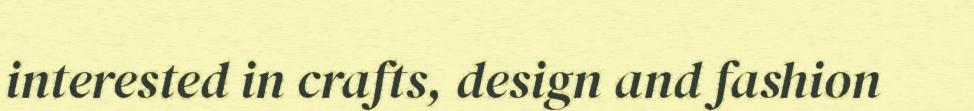
interested in crafts, design and fashion